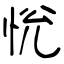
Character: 恱